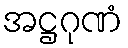
အဋ္ဌဂုဏံ